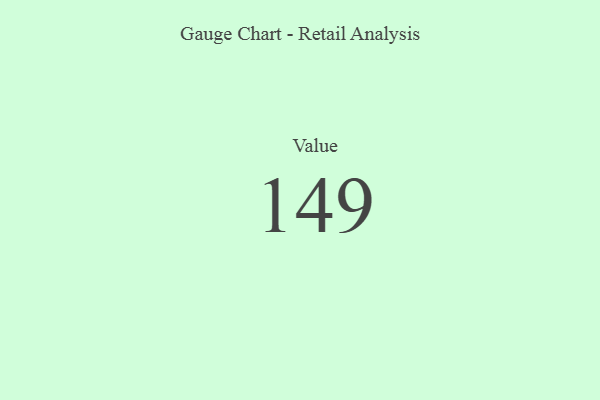
{"axis": {"x": "Metric", "y": "Value"}, "legend": [""], "data": [{"x": "Value", "y": 149, "type": ""}]}